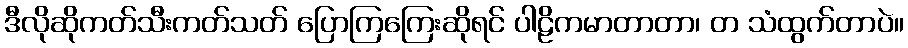
ဒီလိုဆိုကတ်သီးကတ်သတ် ပြောကြကြေးဆိုရင် ပါဠိကမာတာတာ၊ တ သံထွက်တာပဲ။